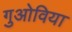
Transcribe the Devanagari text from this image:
गुओविया